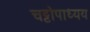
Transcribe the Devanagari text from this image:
चट्टोपाध्यय